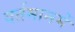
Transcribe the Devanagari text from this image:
वर्तमानमें